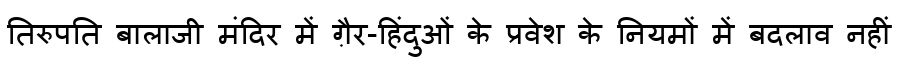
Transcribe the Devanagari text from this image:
तिरुपति बालाजी मंदिर में ग़ैर-हिंदुओं के प्रवेश के नियमों में बदलाव नहीं